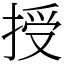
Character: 授